Regulations for the medical services of the Army of India
Year: 1930
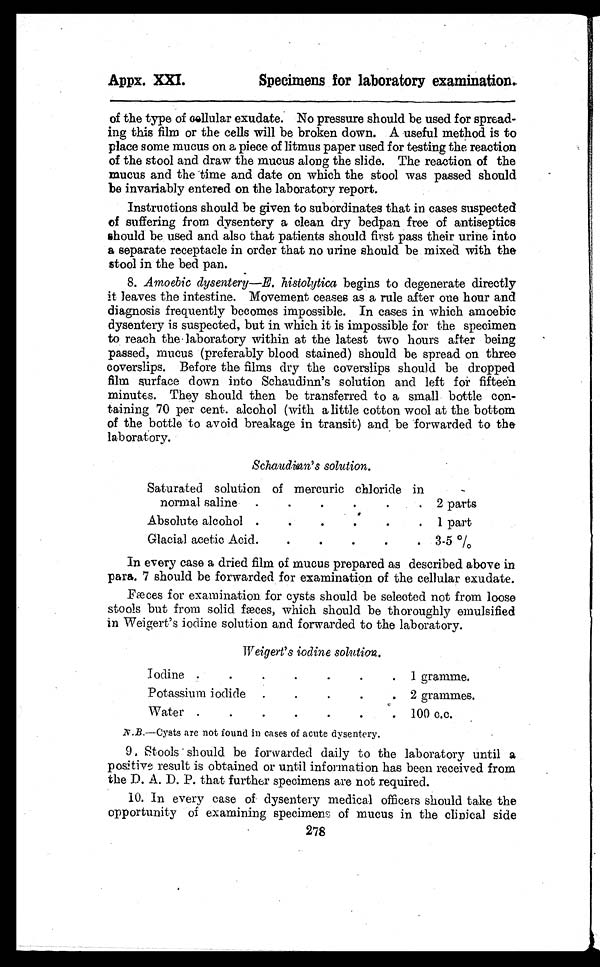
Appx. XXI.
Specimens for laboratory examination.
of the type of cellular exudate. No pressure should be used for spread
-ing this film or the cells will be broken down. A useful method is to
place some mucus on a piece of litmus paper used for testing the reaction
of the stool and draw the mucus along the slide. The reaction of the
mucus and the time and date on which the stool was passed should
be invariably entered on the laboratory report.
Instructions should be given to subordinates that in cases suspected
of suffering from dysentery a clean dry bedpan free of antiseptics
should be used and also that patients should first pass their urine into
a separate receptacle in order that no urine should be mixed with the
stool in the bed pan.
8. Amoebic dysentery—E. histolytica begins to degenerate directly
it leaves the intestine. Movement ceases as a rule after one hour and
diagnosis frequently becomes impossible. In cases in which amoebic
dysentery is suspected, but in which it is impossible for the specimen
to reach the laboratory within at the latest two hours after being
passed, mucus (preferably blood stained) should be spread on three
coverslips. Before the films dry the coverslips should be dropped
film surface down into Schaudinn's solution and left for fifteen
minutes. They should then be transferred to a small bottle con-
taining 70 per cent. alcohol (with a little cotton wool at the bottom
of the bottle to avoid breakage in transit) and be forwarded to the
laboratory.
Schaudinn's solution.
Saturated solution of mercuric chloride in
normal saline . . .
2 parts
Absolute alcohol . . .
1 part
Glacial acetic Acid . . .
3-5 %
In every case a dried film of mucus prepared as described above in
para. 7 should be forwarded for examination of the cellular exudate.
Fæces for examination, for cysts should be selected not from loose
stools but from solid fæces, which should be thoroughly emulsified
in Weigert's iodine solution and forwarded to the laboratory.
Weigert's iodine solution.
Iodine . . .
1 gramme.
Potassium iodide . . .
2 grammes.
Water . . .
100 c.c.
N.B. —Cysts are not found in cases of acute dysentery.
9. Stools should be forwarded daily to the laboratory until a
positive result is obtained or until information has been received from
the D. A. D. P. that further specimens are not required.
10. In every case of dysentery medical officers should take the
opportunity of examining specimens of mucus in the clinical side
278